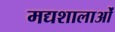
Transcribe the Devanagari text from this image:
मद्यशालाओं